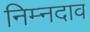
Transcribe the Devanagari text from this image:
निम्नदाव